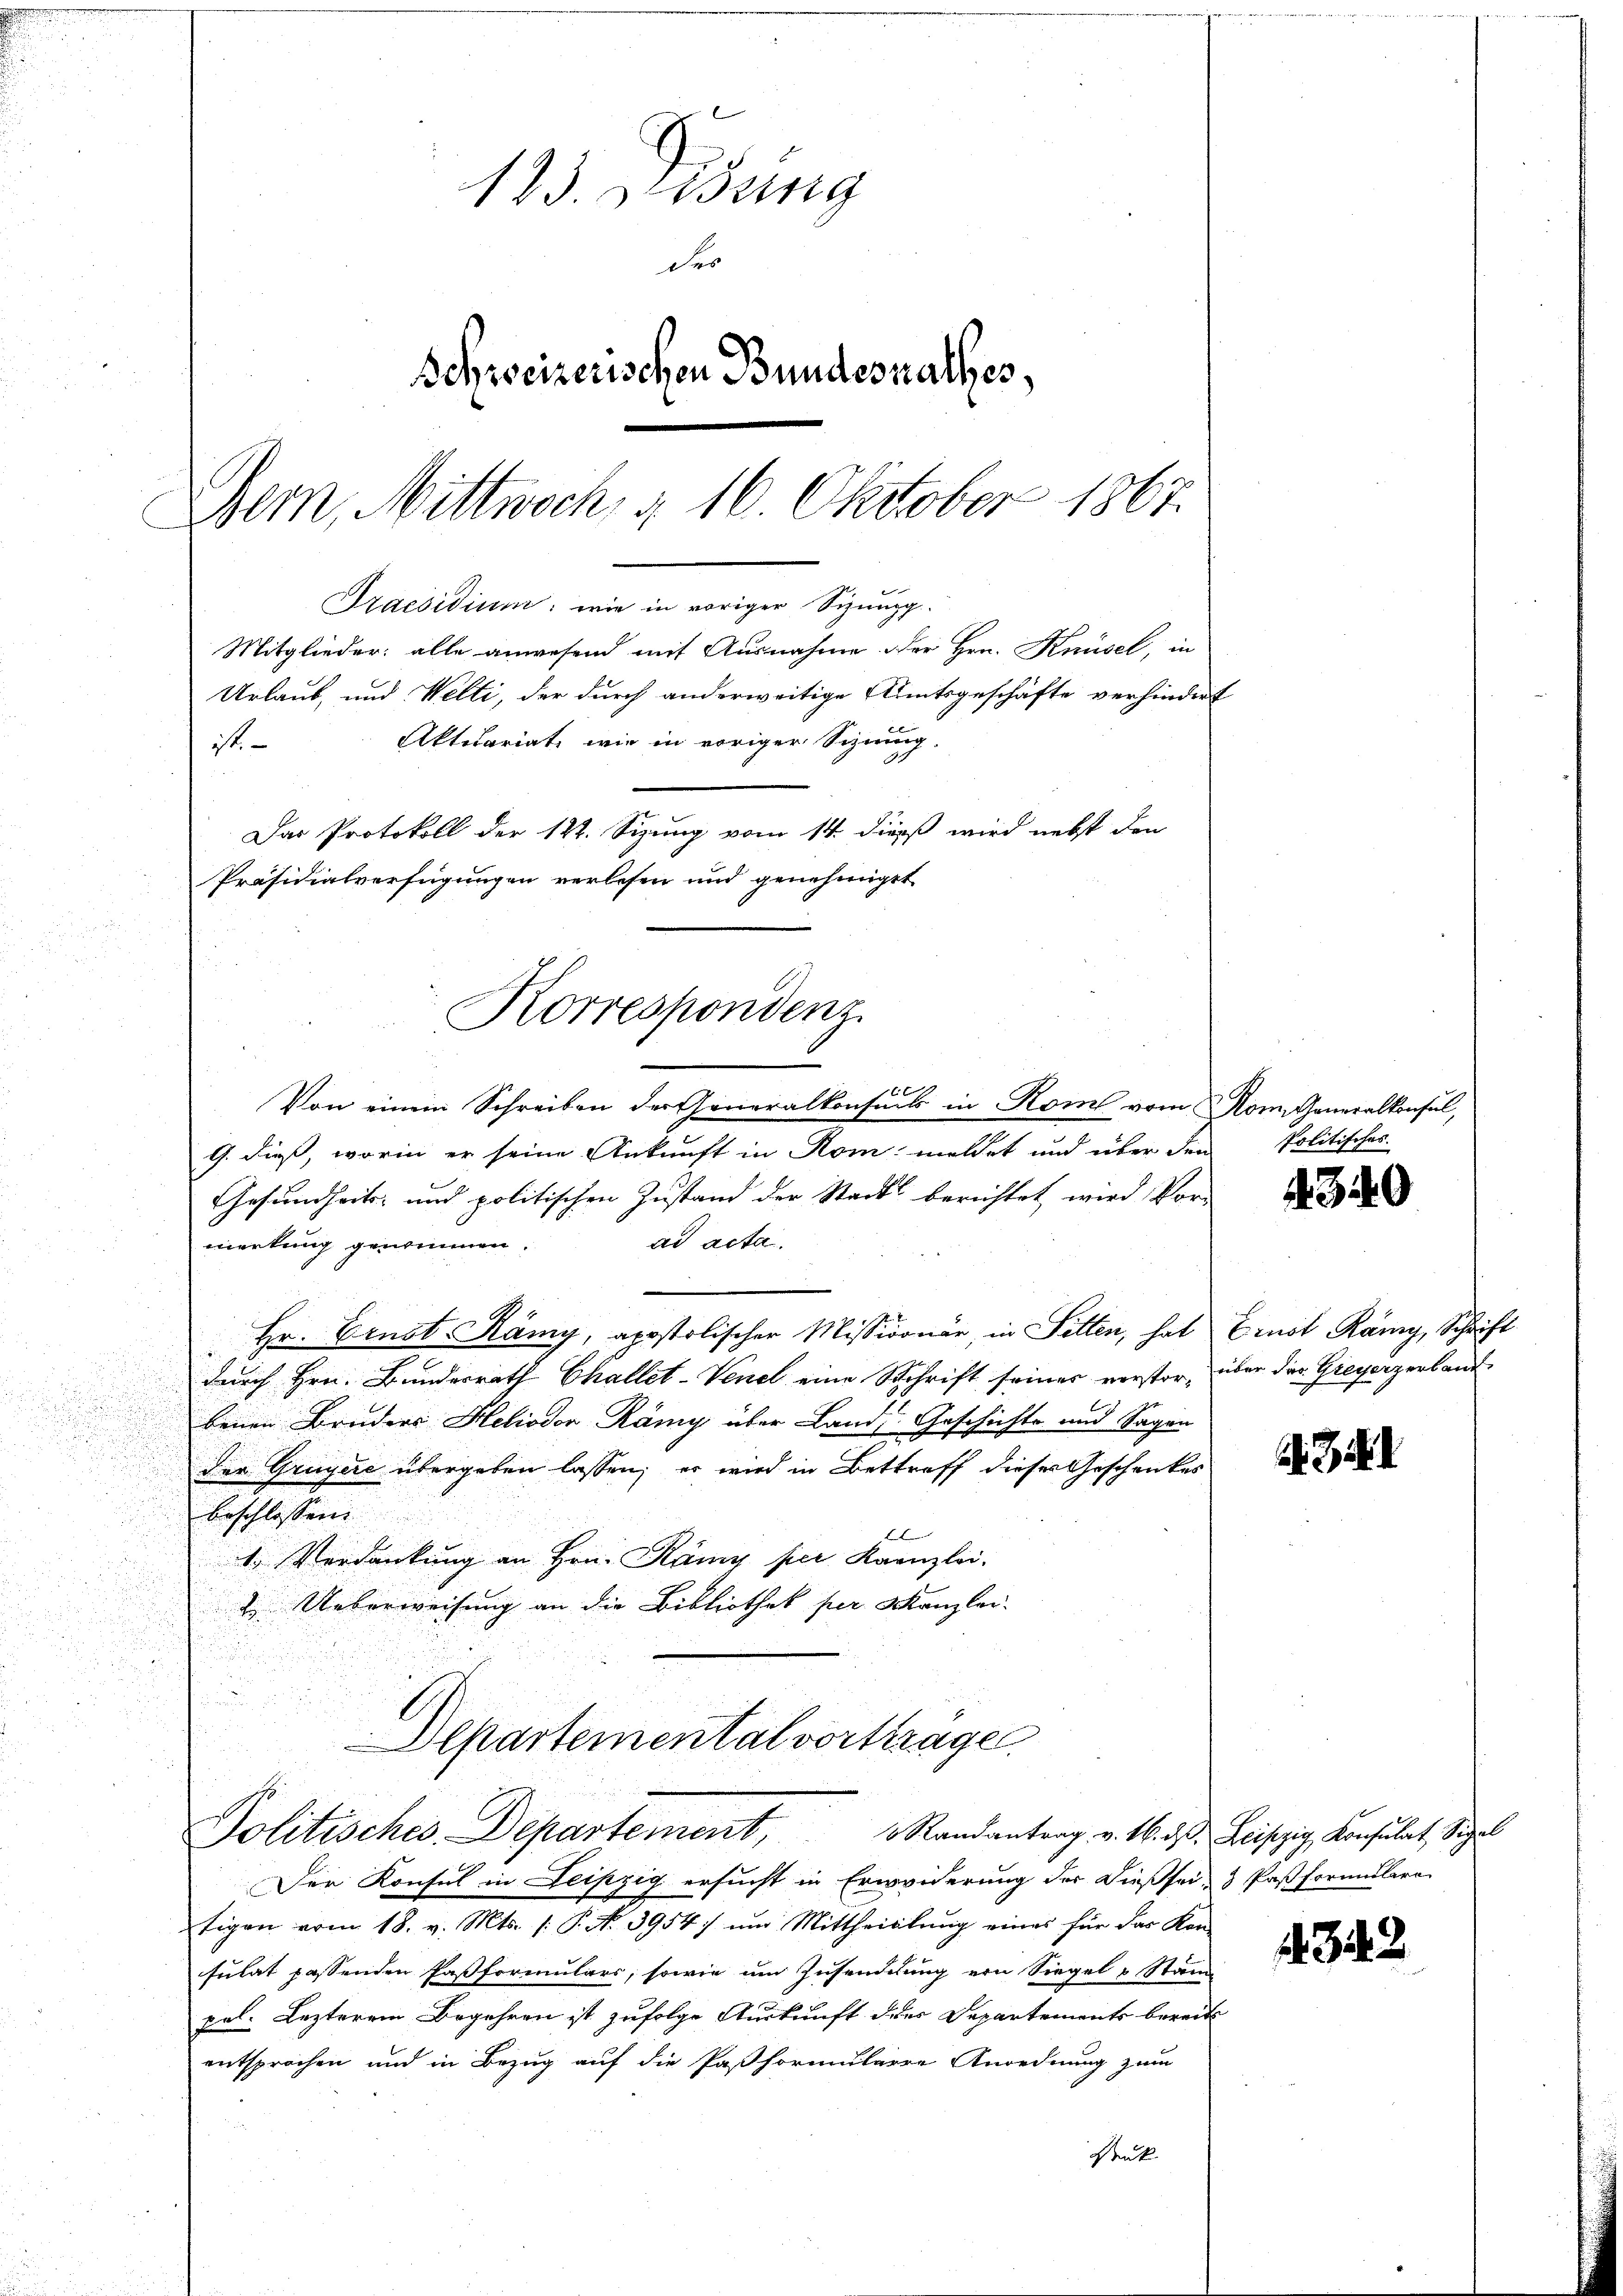
ist.
Das Protokoll der 122. Sizung vom 14. dieß wird nebst den
Präsidialverfügungen verlesen und genehmiget
Korrespondenz.

2
Von einem Schreiben der Generalkonsuls in Rom vom 8 Nom, Generalkonsul,
G. dieß, worin er seine Ankunft in Rom meldet und über den
Gesundheits- und politischen Zustand der Stadt berichtet, wird Vor-
ad acta.
merkung genommen.
Hr. Ernst. Rämy, apostolischer Missionär, in Fetten, hat
.
durch Hrn. Bundesrath Challet-Venel eine Schrift seines verstor, über der Greyerzerband
u
benen Bruders Heliodor Römy über Lands Geschichte und Sagen
u
der Gruyere übergeben lassen, er wird in Bettreff dieses Geschenkes
beschlossen.
1 Verdankung an Hrn. Rämy per Kanzlei-
2. Ueberweisung an die Bibliothek per Kanzlei-
n

123. Disung
Fer
Schreizerischen Bundesrathes,
Bern, Mittwoch, § 16. Oktober 1867.

Praesidium, wie in voriger Sizungg
Mitglieder: alle anwesend mit Ausnahme der Hrn. Knüsel, in
Urlaub, und Welti, der durch anderweitige Amtsgeschäfte verhindert

Der Konsul in Leipzig ersucht in Erweiderung der dießsei- Pastformulare
tigen vom 18. v. Mts. (: P. Nr. 3954; um Mittheillung eines für das Kon-
sulat passenden Paßformulars, sowie um Zusendung ein Siegel u Stand
pel. Lezterem Begehren ist zufolge Auskunft der Departements bereits
entsprochen und in Bezug auf die Pastformularre Anordnung zum
Denk

Aktuariat, wie in voriger Schnung.

Alkartemental vorttrage
Politisches Departement, Randantrag v. 16. d. Leipzig, Konsulat, Sigel

politisches.

340

Ernst Räny, Schrift

1342